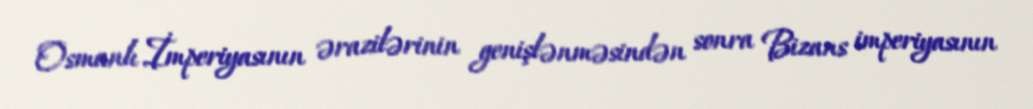
Osmanlı İmperiyasının ərazilərinin genişlənməsindən sonra Bizans imperiyasının